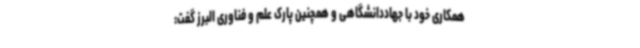
همکاری خود با جهاددانشگاهی و همچنین پارک علم و فناوری البرز گفت: